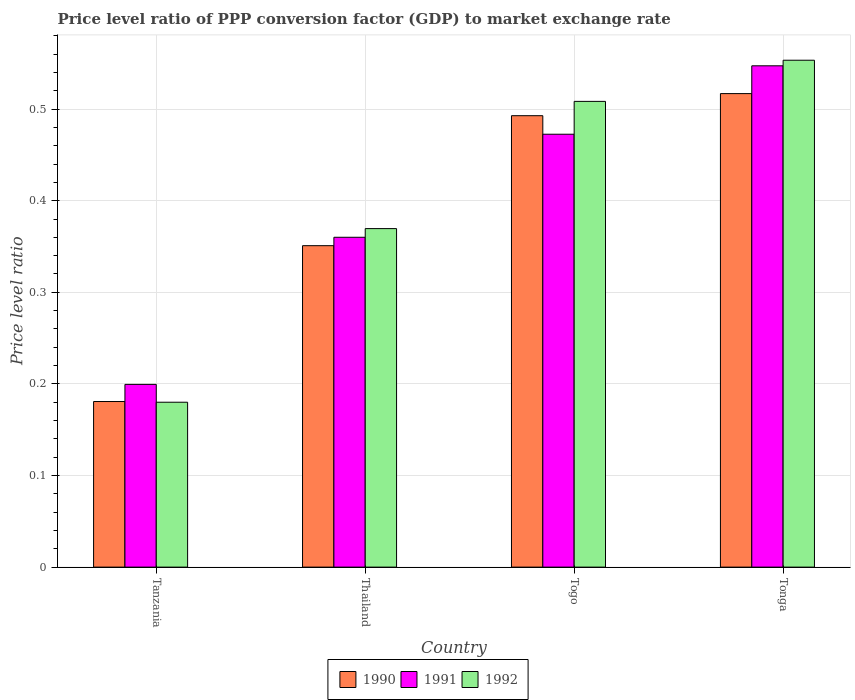
| Country | 1990 | 1991 | 1992 |
 | --- | --- | --- | --- |
 | Tanzania | 0.181 | 0.199 | 0.18 |
 | Thailand | 0.351 | 0.36 | 0.37 |
 | Togo | 0.493 | 0.473 | 0.508 |
 | Tonga | 0.517 | 0.547 | 0.553 |